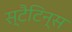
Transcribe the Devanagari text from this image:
स्टैटिन्स